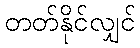
တတ်နိုင်လျှင်